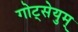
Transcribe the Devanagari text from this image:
गोट्सेयुम्